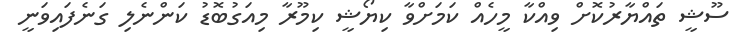
ސޫޝީ ތައްޔާރުކޮށް ވިއްކާ މީހެއް ކަމަށްވާ ކިޔޯޝީ ކިމޫރާ މިއަގުބޮޑު ކަންނެލި ގަނެފައިވަނީ